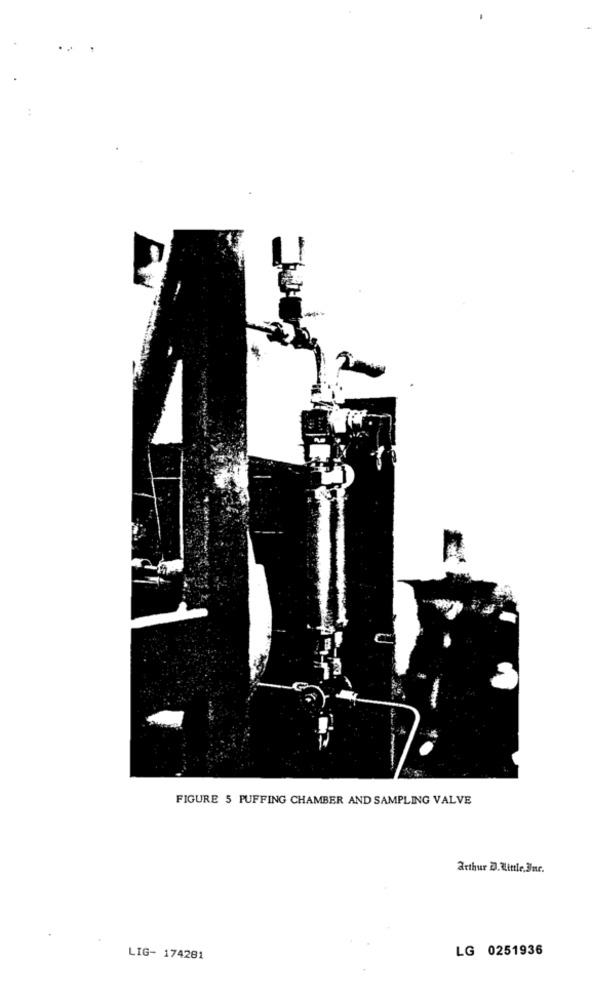
FIGURE 5 PUFFING CHAMBER AND SAMPLING VALVE
arthur D. Wlittle. Bur.
LG 0251936
LIG- 174281